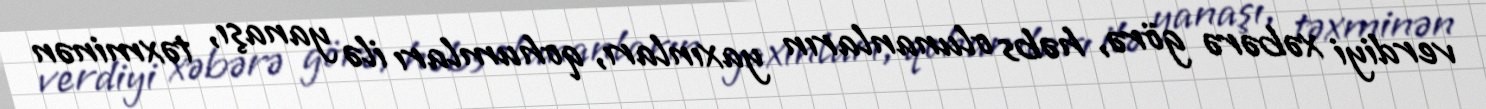
verdiyi xəbərə görə, həbs olunanların yaxınları, qohumları ilə yanaşı, təxminən